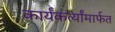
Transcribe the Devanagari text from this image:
कार्यंकर्त्यांमार्फत